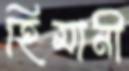
হিমানী